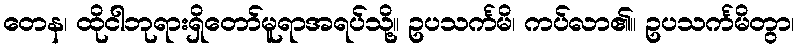
တေန၊ ထိုငါဘုရားရှိတော်မူရာအရပ်သို့။ ဥပသင်္ကမိ၊ ကပ်လာ၏။ ဥပသင်္ကမိတွာ၊